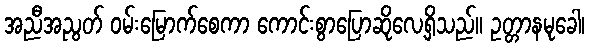
အညီအညွတ် ဝမ်းမြောက်စေကာ ကောင်းစွာပြောဆိုလေ့ရှိသည်။ ဥတ္တာနမုခေါ၊